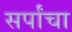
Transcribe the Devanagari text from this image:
सर्पांचा